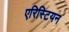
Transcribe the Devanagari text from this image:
एरिस्टियन